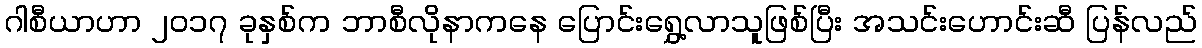
ဂါစီယာဟာ ၂၀၁၇ ခုနှစ်က ဘာစီလိုနာကနေ ပြောင်းရွှေ့လာသူဖြစ်ပြီး အသင်းဟောင်းဆီ ပြန်လည်